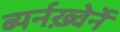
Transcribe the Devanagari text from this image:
ब्यर्नख़्वेर्ने